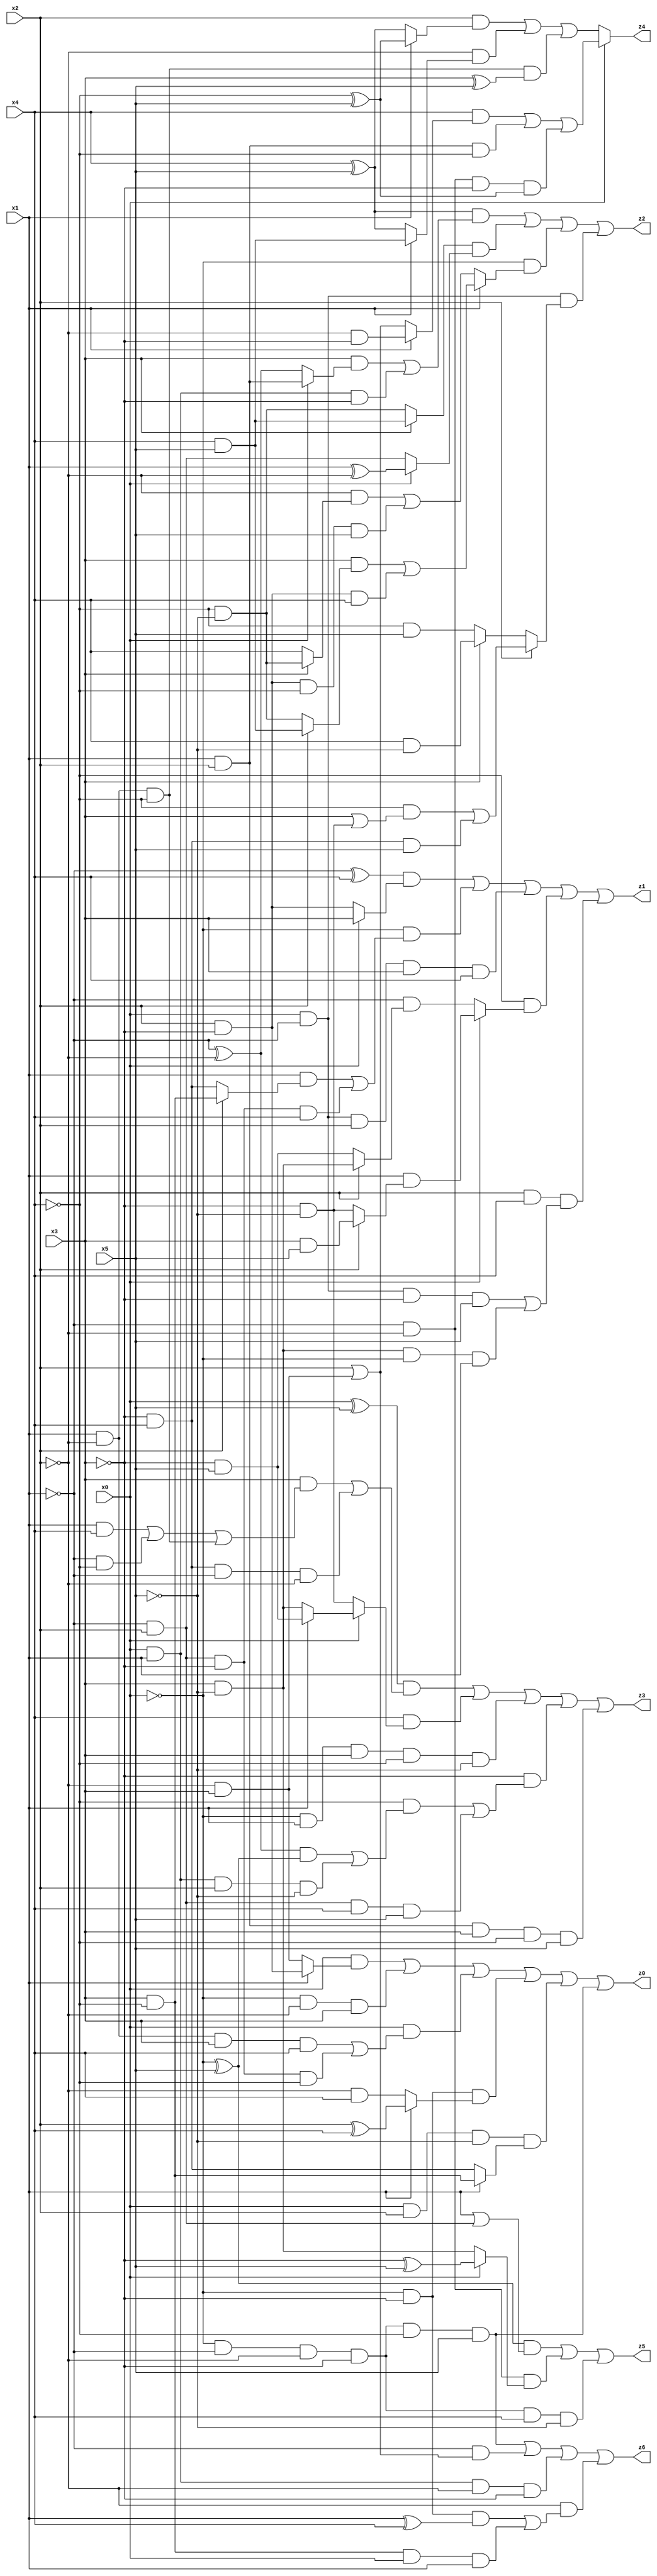
// Benchmark "X_4" written by ABC on Thu Jun 29 21:13:17 2023

module X_4 ( 
    x0, x1, x2, x3, x4, x5,
    z0, z1, z2, z3, z4, z5, z6  );
  input  x0, x1, x2, x3, x4, x5;
  output z0, z1, z2, z3, z4, z5, z6;
  assign z0 = (x0 & (x1 ? (x2 & ~x3) : (~x2 & x3))) | (~x0 & ~x2 & x3) | (x0 & ((x1 & ~x2 & x3 & x4) | (~x1 & x2 & ~x3 & ~x4))) | (~x0 & ~x3 & (x1 ? (x2 ^ x4) : (~x2 & x4))) | (x0 & x2 & ~x5 & (x1 ? (x3 & ~x4) : (~x3 & x4))) | (~x0 & ~x1 & ~x2 & ~x3 & ~x4 & x5);
  assign z1 = ((~x1 ^ x4) & (x0 ? x3 : (x2 & ~x3))) | (~x0 & ((x1 & (x2 ? (x3 & ~x4) : (~x3 & x4))) | (~x1 & x2 & ~x3 & x4))) | (x0 & ~x1 & x2 & x3 & x4) | (~x4 & (x0 ? (x1 & (x2 ? (x3 & x5) : (~x3 & ~x5))) : (~x1 & (x2 ? (x3 & ~x5) : (~x3 & x5))))) | (x2 & x4 & ((x0 & ~x1 & ~x3 & x5) | (x3 & ~x5 & ~x0 & x1)));
  assign z2 = ((x4 ^ x5) & ((x3 & (x0 ? (x1 & x2) : (~x1 ^ ~x2))) | (x0 & x1 & ~x3))) | ((x3 ? (x4 & x5) : (~x4 & ~x5)) & (x0 ? (x1 ^ ~x2) : (~x1 & x2))) | (~x0 & (x1 ? ((x3 & (x2 ? (x4 & x5) : (~x4 & ~x5))) | (x2 & ~x3 & x4)) : ((~x2 & (x3 ? (~x4 & ~x5) : x4)) | (x2 & ~x3 & ~x4 & x5)))) | (x0 & ~x1 & (x2 ? ((~x4 & (x3 | (~x3 & ~x5))) | (~x3 & x4 & x5)) : (x3 ? (x4 & ~x5) : (~x4 & x5))));
  assign z3 = ((x0 ^ x5) & ((x3 & ((x1 & x4) | (~x1 & ~x4) | (x1 & ~x2 & ~x4))) | (~x3 & x4 & ~x1 & ~x2))) | (x4 & (x0 ? (x1 ? (~x3 & x5) : (x3 & ~x5)) : (~x3 & ~x5))) | (~x0 & x1 & x3 & ~x4 & ~x5) | (~x3 & ((~x4 & (((~x1 ^ ~x2) & (~x0 ^ x5)) | (x0 & x1 & x2 & ~x5))) | (~x1 & x2 & x4 & x5))) | (x1 & x2 & x3 & ~x4 & x5);
  assign z4 = x0 ? ((x4 & (x1 ? (~x2 & ~x3) : (x2 | (~x2 & x3)))) | (x1 & x2 & ~x4) | (~x1 & ~x2 & ~x3 & (~x4 ^ x5))) : ((x2 & (x1 ? (~x4 ^ x5) : (x4 ^ x5))) | (~x2 & (x1 ? (x4 & x5) : (x4 ^ x5))) | (x1 & ~x2 & ~x4 & (x3 ^ x5)));
  assign z5 = ((~x0 ^ x5) & (x1 | (~x1 & x2))) | (~x1 & ~x2 & (x0 ? (~x3 ^ x5) : (x3 & ~x5))) | (~x0 & ~x1 & ~x2 & ~x3 & x4 & ~x5);
  assign z6 = (~x0 & ~x1 & ~x2 & ~x3 & ~x4 & x5) | (~x1 & (x2 | (~x2 & x3))) | (x0 & x1 & ~x2 & ~x3) | (~x2 & ((~x0 & ~x3 & (x1 ^ x4)) | (x3 & ~x4 & x0 & x1)));
endmodule